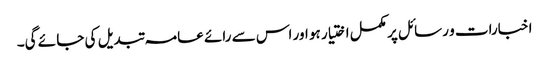
اخبارات و رسائل پر مکمل اختیار ہو اور اس سے رائے عامہ تبدیل کی جا ئے گی۔